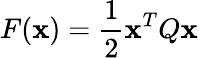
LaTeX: F(\mathbf{x})={\frac{{1}}{{2}}}\mathbf{x}^{T}Q\mathbf{x}